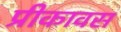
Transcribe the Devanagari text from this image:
प्रीकावस